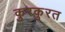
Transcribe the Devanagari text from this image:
कुरकुरत